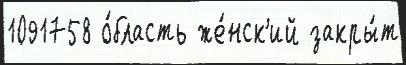
1091758 о́бласть же́нск'ий закры́т